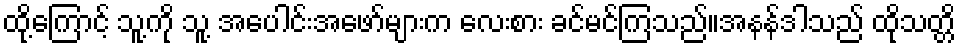
ထို့ကြောင့် သူ့ကို သူ့ အပေါင်းအဖော်များက လေးစား ခင်မင်ကြသည်။အနန်ဒါသည် ထိုသတ္တိ